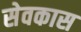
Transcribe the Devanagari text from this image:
सेवकास